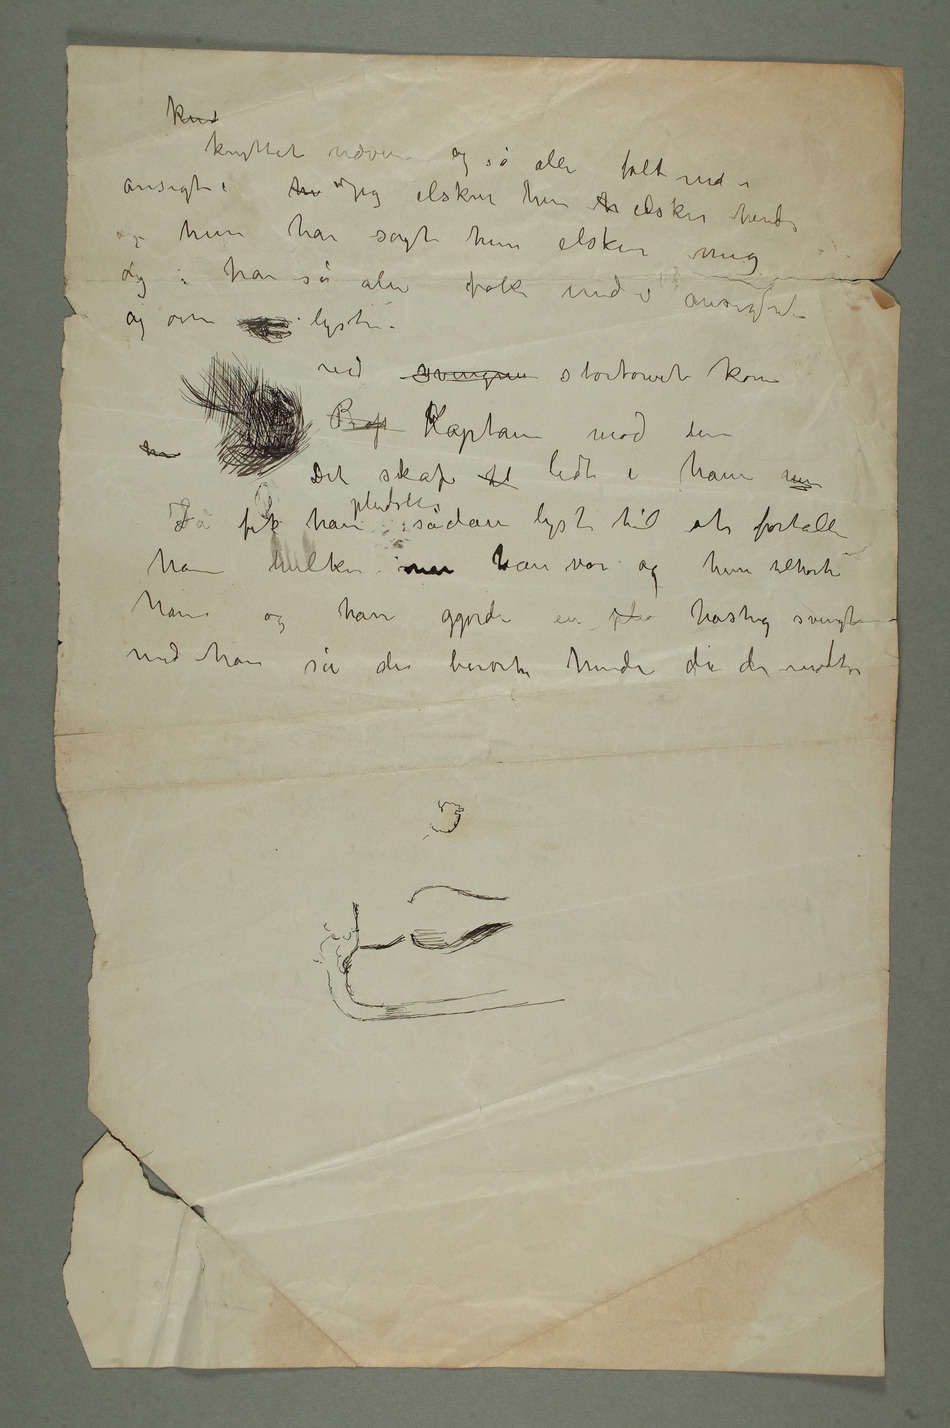
knyttet næven og så alle folk ind i
ansigte – hu Jeg elsker hen h elsker hende
og hun har sagt hun elsker
og øinene lyste –
ved svingen stortorvet kom
Det skar til lidt i ham men
mod ham så de berørte hinanden da de mødtes